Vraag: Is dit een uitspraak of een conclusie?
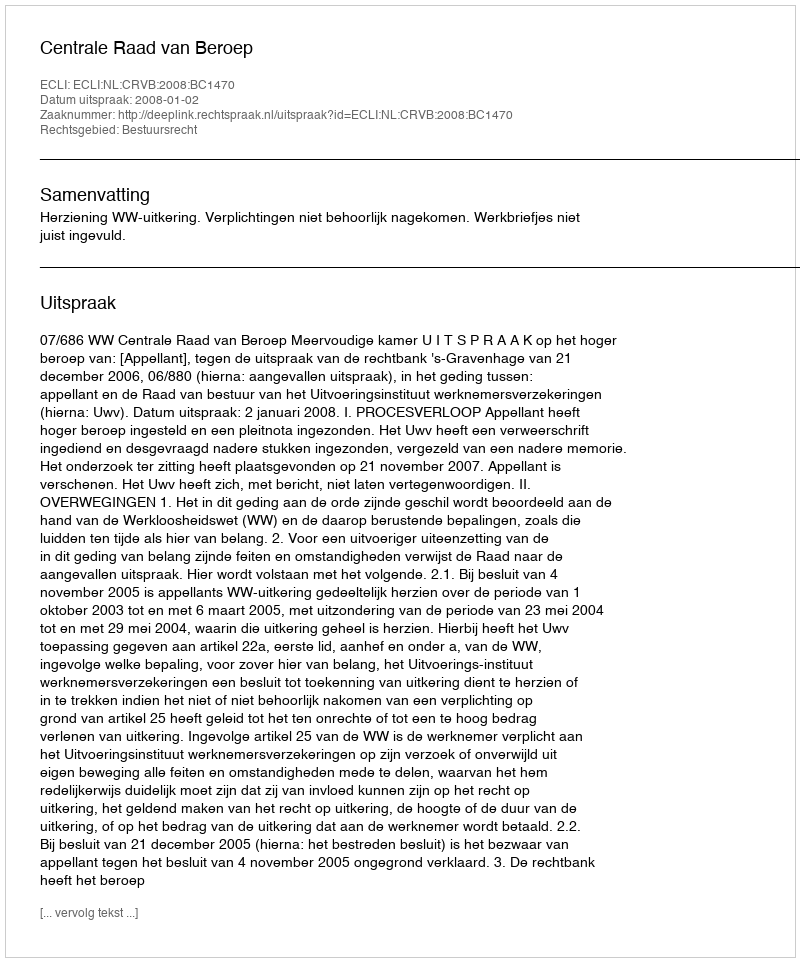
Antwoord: Uitspraak